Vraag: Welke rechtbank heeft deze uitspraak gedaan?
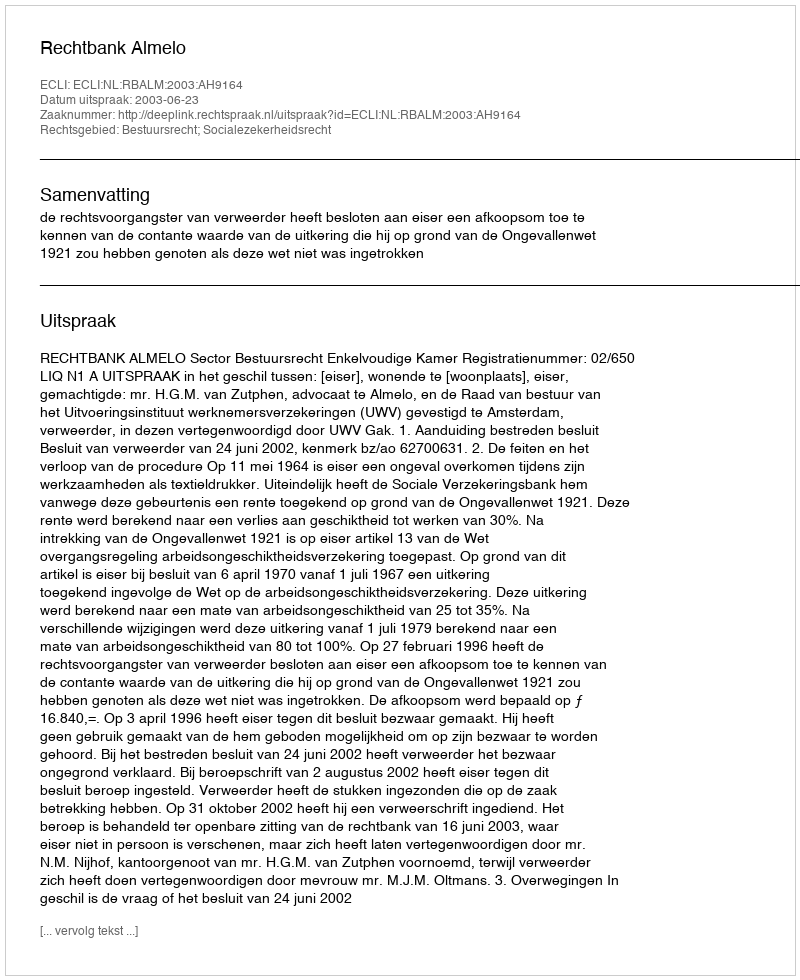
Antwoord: Rechtbank Almelo